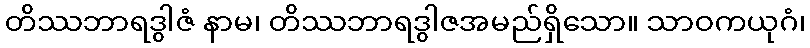
တိဿဘာရဒွါဇံ နာမ၊ တိဿဘာရဒွါဇအမည်ရှိသော။ သာဝကယုဂံ၊